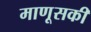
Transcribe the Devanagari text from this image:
माणूसकी